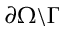
\partial \Omega \backslash \Gamma